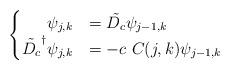
LaTeX: \begin{align*}\begin{cases}\phantom{\tilde{D_c}^\dagger}\psi_{j,k}&=\tilde{D_c}\psi_{j-1,k}\\\tilde{D_c}^\dagger\psi_{j,k}&= -c\ C(j,k) \psi_{j-1,k}\end{cases}\end{align*}